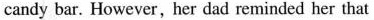
candy bar. However,her dad reminded her that